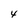
Character: 4